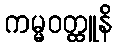
ကမ္မဝတ္ထူနိ